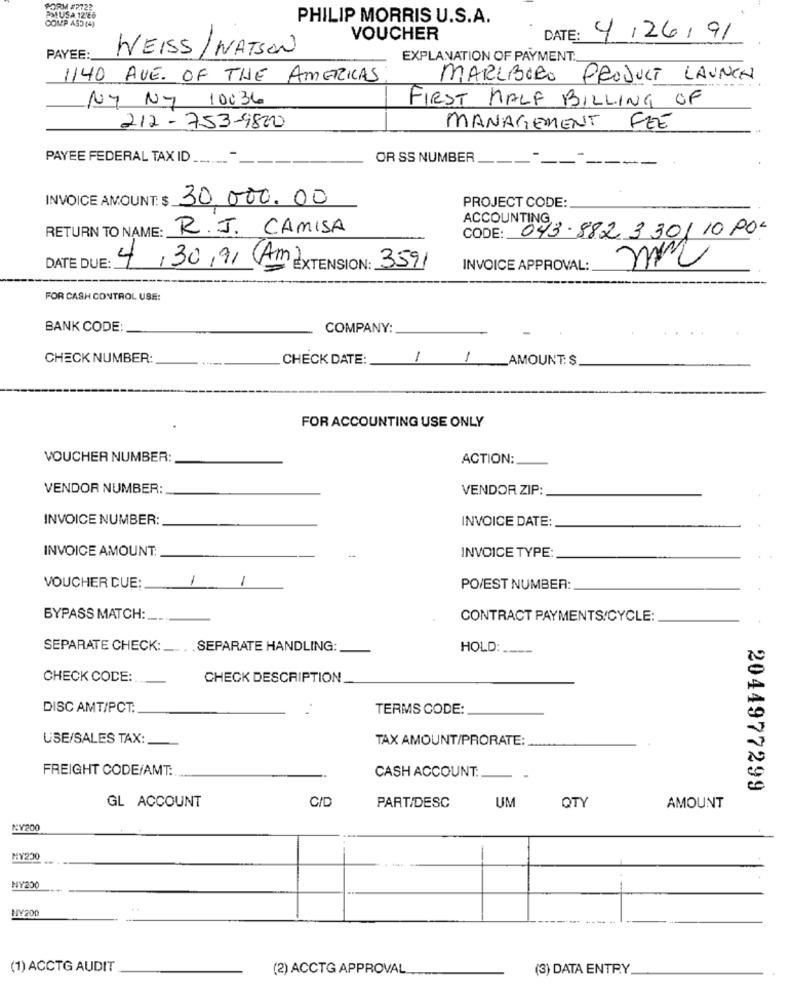
FORM #2722
PMUSA 12'26
COMP ASS (4)
PHILIP MORRIS U.S.A.
VOUCHER
DATE:
4/26/91
WEISS /WATSON
PAYEE:
EXPLANATION OF PAYMENT.
1140 AVE. OF THE AMERICAS
MARLBORO PRODUCT LAUNCH
NY NY 10036
FIRST HALF BILLING OF
212- 753-9820
MANAGEMENT
FEE
PAYEE FEDERAL TAX ID ........
OR SS NUMBER
INVOICE AMOUNT: $ 30.000. 00
PROJECT CODE:
ACCOUNTING ,.
RETURN TO NAME:
R.J. CAMISA
CODE: 043-882330/ 10 POL
DATE DUE: 4/30/7/ Amd XTE
mm
EXTENSION: 3591
INVOICE APPROVAL:
FOR CASH CONTROL USE:
BANK CODE:
COMPANY:
CHECK NUMBER:
CHECK DATE:
AMOUNT: $
FOR ACCOUNTING USE ONLY
VOUCHER NUMBER:
ACTION:
VENDOR NUMBER:
VENDOR ZIP:
INVOICE NUMBER:
INVOICE DATE:
INVOICE AMOUNT:
INVOICE TYPE:
-
1
VOUCHER DUE:
PO/EST NUMBER:
BYPASS MATCH :__..
CONTRACT PAYMENTS/CYCLE:
SEPARATE CHECK: __...
SEPARATE HANDLING:
HOLD:
CHECK CODE:
CHECK DESCRIPTION
DISC AMT/PCT:
TERMS CODE:
USE/SALES TAX:
TAX AMOUNT/PRORATE:
FREIGHT CODE/AMT:
CASH ACCOUNT:
2044977299
GL ACCOUNT
C/D
UM
PART/DESC
QTY
AMOUNT
KY200
MY230
-
NY200
HY200
(1) ACCTG AUDIT
(2) ACCTG APPROVAL
(3) DATA ENTRY